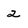
Character: 2